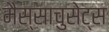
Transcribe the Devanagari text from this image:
मैस्साचुसेट्स